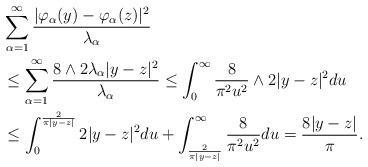
LaTeX: \begin{align*}& \sum_{\alpha=1}^\infty \frac{|\varphi_\alpha(y)-\varphi_\alpha(z)|^2}{\lambda_\alpha} \\&\le \sum_{\alpha=1}^\infty \frac{8\wedge 2\lambda_\alpha |y-z|^2}{\lambda_\alpha} \le \int_0^\infty \frac{8}{\pi^2 u^2}\wedge 2|y-z|^2 du \\&\le \int_0^{\frac{2}{\pi |y-z|}} 2|y-z|^2du+ \int_{\frac{2}{\pi |y-z|}}^\infty \frac{8}{\pi^2 u^2}du=\frac{8|y-z|}{\pi}.\end{align*}